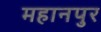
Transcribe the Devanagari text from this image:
महानपुर